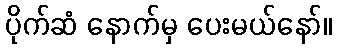
ပိုက်ဆံ နောက်မှ ပေးမယ်နော်။